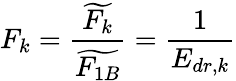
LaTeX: F_{k}=\frac{\widetilde{F_{k}}}{\widetilde{F_{1B}}}=\frac{1}{E_{dr,k}}